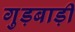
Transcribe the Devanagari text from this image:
गुड़बाड़ी